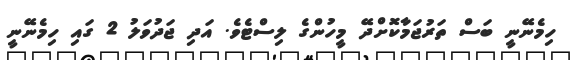
ހިމެނޭނީ ބަސް ތަރުޖަމާކޮށްދޭ މީހުންގެ ލިސްޓެވެ. އަދި ޖަދުވަލު 2 ގައި ހިމެނޭނީ